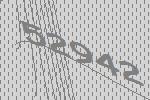
52942